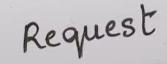
Request